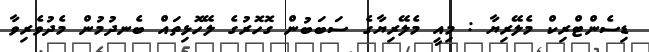
ޑިސެންޓްރިކް މެލޭރިޔާ : މިއީ މެލޭރިޔާގެ ސަބަބުން ގޮހޮރުގެ ލޭހޮޅިތައް ބެނދުމުން މެދުވެރިވާ